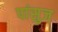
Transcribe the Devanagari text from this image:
पांसुज